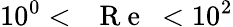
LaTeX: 10^{0}<\mathrm{~\textit~{~R~e~}~}<10^{2}